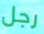
رجل